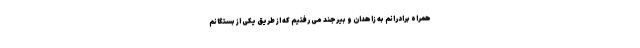
همراه برادرانم به زاهدان و بیرجند می رفتیم که از طریق یکی از بستگانم